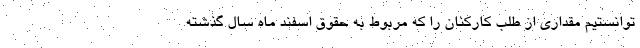
توانستیم مقداری از طلب کارکنان را که مربوط به حقوق اسفند ماه سال گذشته